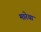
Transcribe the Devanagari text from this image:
मारेया